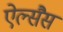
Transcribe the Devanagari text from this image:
ऐल्सैस